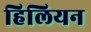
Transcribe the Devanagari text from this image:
हिलियन